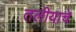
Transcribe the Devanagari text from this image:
तलीयाचे